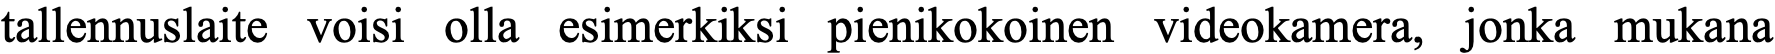
tallennuslaite voisi olla esimerkiksi pienikokoinen videokamera, jonka mukana